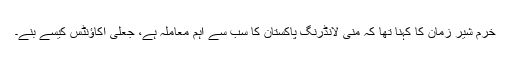
خرم شیر زمان کا کہنا تھا کہ منی لانڈرنگ پاکستان کا سب سے اہم معاملہ ہے، جعلی اکاؤنٹس کیسے بنے۔